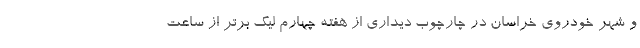
و شهر خودروی خراسان در چارچوب دیداری از هفته چهارم لیگ برتر از ساعت